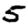
Digit: 5